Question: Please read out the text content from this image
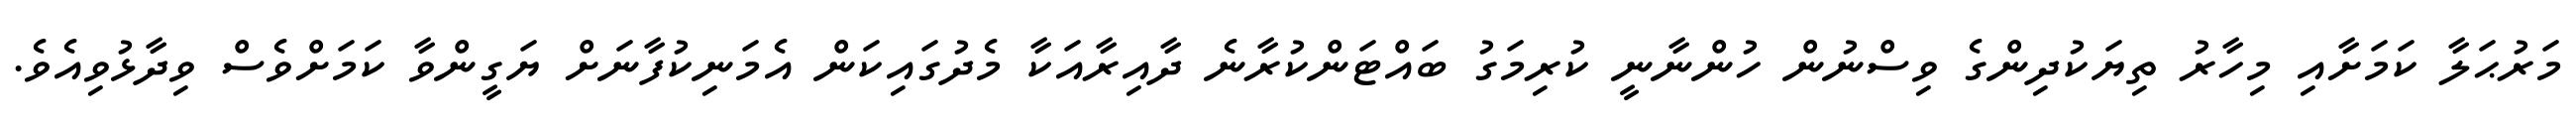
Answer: މަރުޙަލާ ކަމަށާއި މިހާރު ތިޔަކުދިންގެ ވިސްނުން ހުންނާނީ ކުރިމަގު ބައްޓަންކުރާނެ ދާއިރާއަކާ މެދުގައިކަން އެމަނިކުފާނަށް ޔަގީންވާ ކަމަށްވެސް ވިދާޅުވިއެވެ.